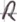
Text: R